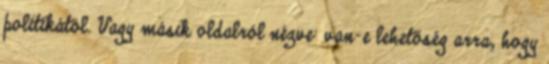
politikától. Vagy másik oldalról nézve: van-e lehetőség arra, hogy